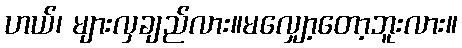
ဟယ်၊ များလှချည်လား။မလျှော့တော့ဘူးလား။